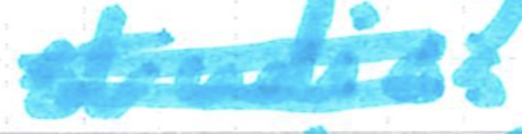
Text: studios
Cross-out: double-line
Writing tool: marker